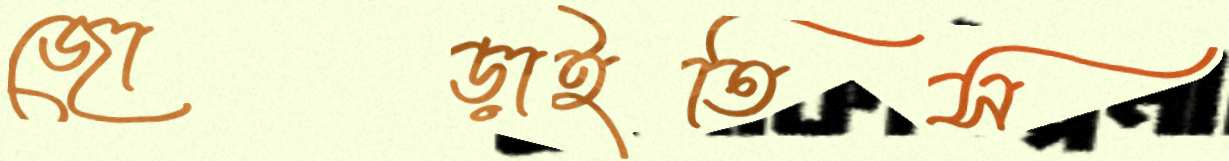
জোড়াইতিস